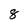
Character: 8